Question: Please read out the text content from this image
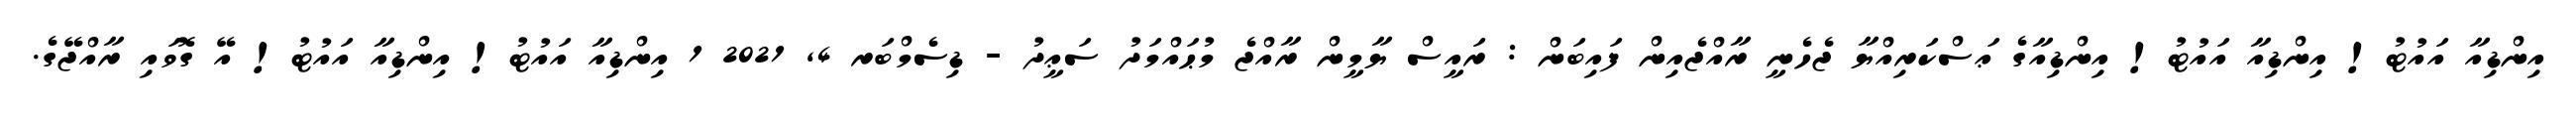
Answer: އިންޑިއާ އައުޓު! އިންޑިއާ އައުޓު! އިންޑިއާގެ ޢަސްކަރިއްޔާ ޖެހެނީ ރާއްޖެއިން ފައިބަން : ރައީސް ޔާމީން ރާއްޖެ މުޙައްމަދު ސަޢީދު - ޑިސެމްބަރ 4, 2021 1 އިންޑިއާ އައުޓު! އިންޑިއާ އައުޓު! އޭ ގޮވައި ރާއްޖޭގެ.